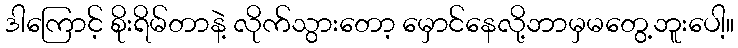
ဒါကြောင့် စိုးရိမ်တာနဲ့ လိုက်သွားတော့ မှောင်နေလို့ဘာမှမတွေ့ဘူးပေါ့။